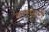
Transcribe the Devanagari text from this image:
कारमारो